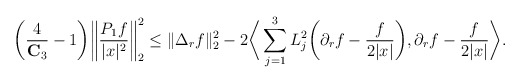
\begin{align*} \bigg(\frac{4}{\mathbf{C}_3} - 1\bigg) \bigg\|\frac{P_1 f}{|x|^2}\bigg\|_{2}^2 \leq \|\Delta_r f \|_{2}^2 - 2\bigg\langle \sum_{j=1}^3 L_j^2 \bigg(\partial_r f - \frac{f}{2|x|} \bigg), \partial_r f - \frac{f}{2|x|} \bigg\rangle. \end{align*}